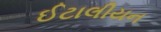
ઈટાલીયન